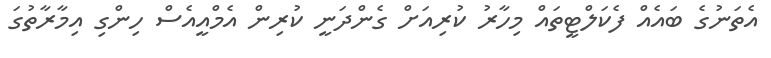
އެތަނުގެ ބައެއް ފެކަލްޓީތައް މިހާރު ކުރިއަށް ގެންދަނީ ކުރިން އެމްއީއެސް ހިންގި އިމާރާތުގަ